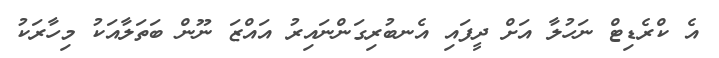
އެ ކްރެޑިޓް ނަހުލާ އަށް ދީފައި އެނބުރިގަންނައިރު އައްޒަ ނޫން ބަތަލާއަކު މިހާރަކު